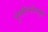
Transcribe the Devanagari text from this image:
चुंबकीयक्षेत्रामुळे